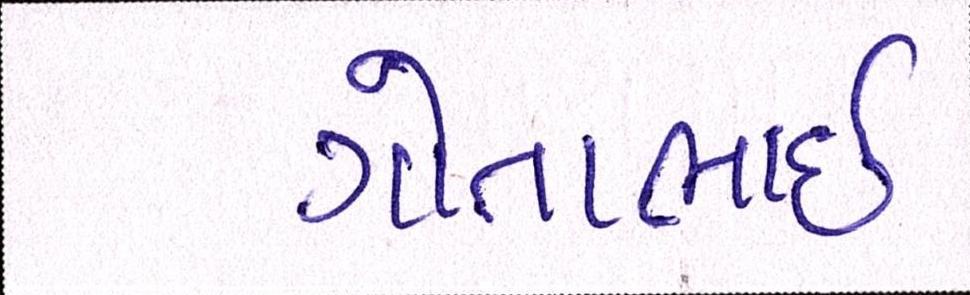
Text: ગોતાભાઈ